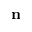
\textbf { n }